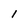
Character: I